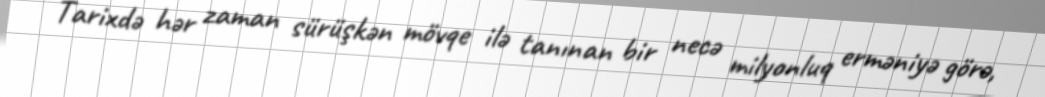
Tarixdə hər zaman sürüşkən mövqe ilə tanınan bir necə milyonluq erməniyə görə,